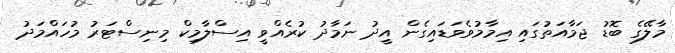
މާލޭގެ ބޮޑު ޖަމާއަތުގައި އިމާމުވެވަޑައިގެން އީދު ނަމާދު ކުރެއްވީ އިސްލާމިކް މިނިސްޓަރު މުހައްމަދު